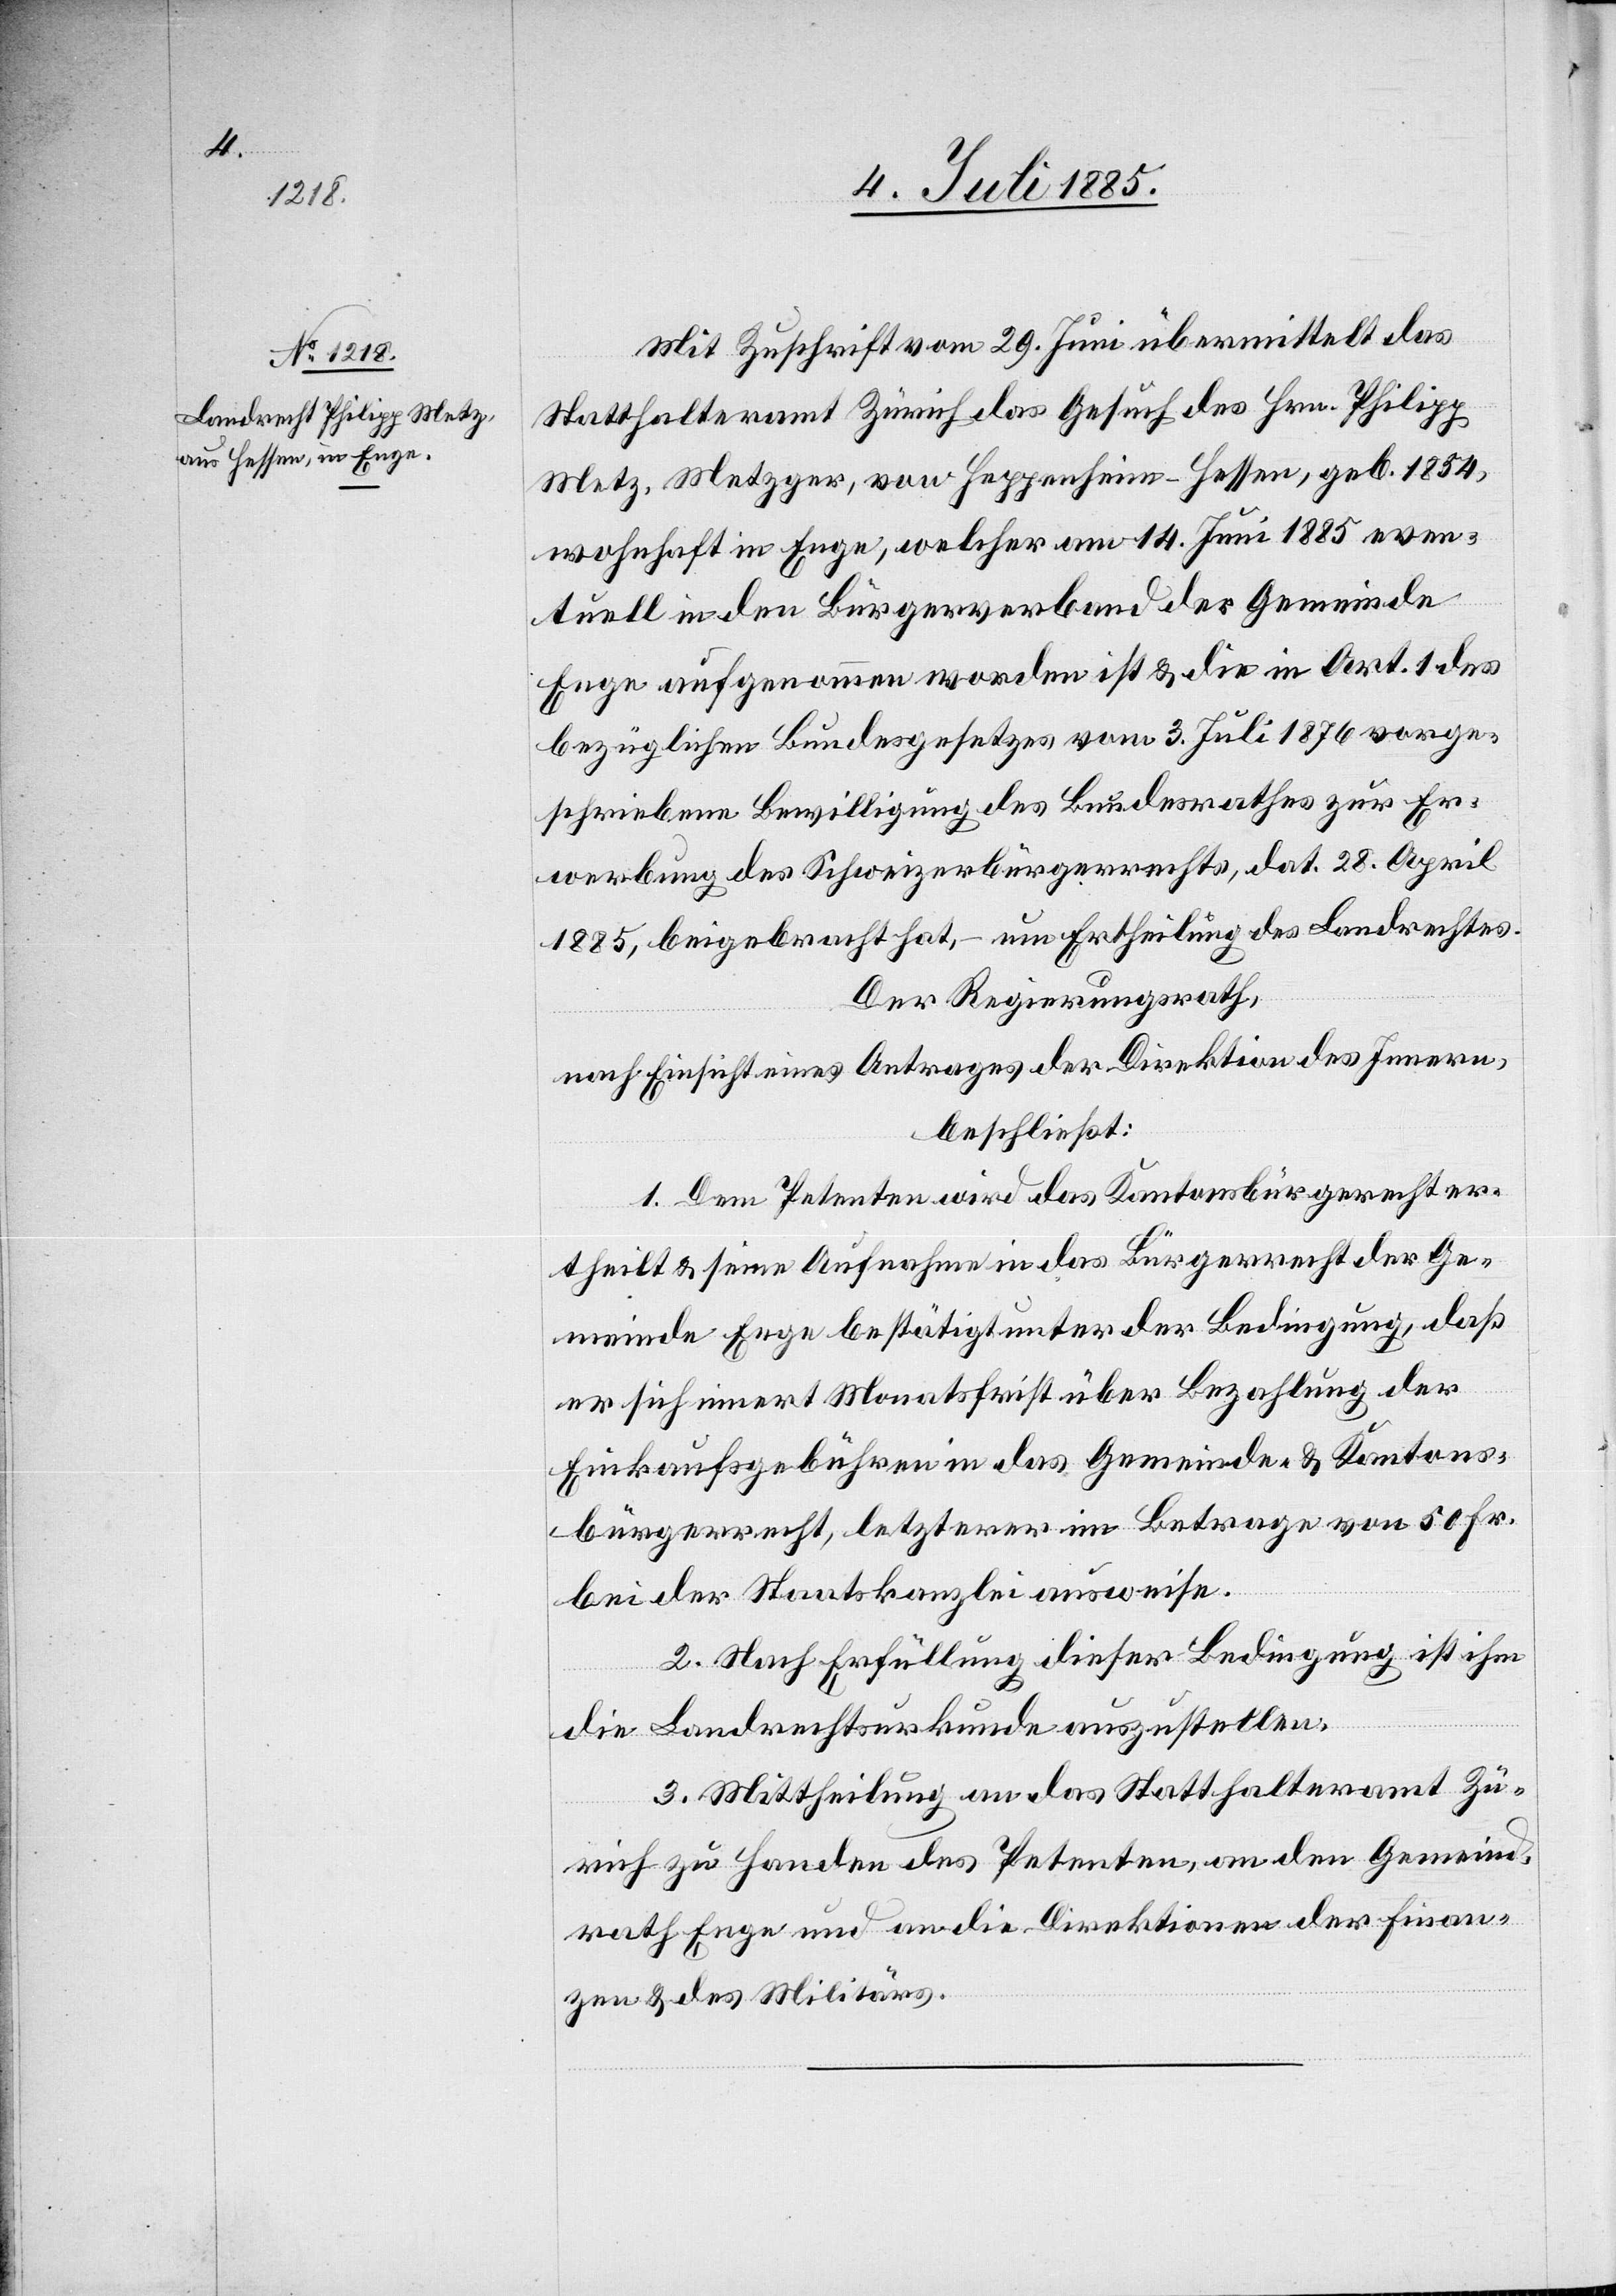
Mit Zuschrift vom 29. Juni übermittelt das
Statthalteramt Zürich das Gesuch des Hrn. Philipp
Metz, Metzger, von Heppenheim - Hessen, geb. 1854,
wohnhaft in Enge, welcher am 14. Juni 1885 even¬
tuell in den Bürgerverband der Gemeinde
Enge aufgenommen worden ist & die in Art. 1 des
bezüglichen Bundesgesetzes vom 3. Juli 1876 vorge¬
schriebene Bewilligung des Bundesrathes zur Er¬
werbung des Schweizerbürgerrechts, dat. 28. April
1882, beigebracht hat, – um Ertheilung des Landrechtes.
Der Regierungsrath,
nach Einsicht eines Antrages der Direktion des Innern,
beschließt:
1. Dem Petenten wird das Kantonsbürgerrecht er¬
theilt & seine Aufnahme in das Bürgerrecht der Ge¬
meinde Enge bestätigt unter der Bedingung, daß
er sich innert Monatsfrist über Bezahlung der
Einkaufsgebühren in das Gemeinde- & Kantons¬
bürgerrecht, letzterer im Betrage von 50 Fr.
bei der Staatskanzlei ausweise.
2. Nach Erfüllung dieser Bedingung ist ihm
die Landrechtsurkunde auszustellen.
3. Mittheilung an das Statthalteramt Zü¬
rich zu Handen des Petenten, an den Gemeind¬
rath Enge und an die Direktionen der Finan¬
zen & des Militärs.